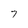
Character: 7